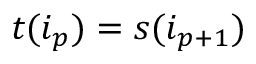
t ( i _ { p } ) = s ( i _ { p + 1 } )